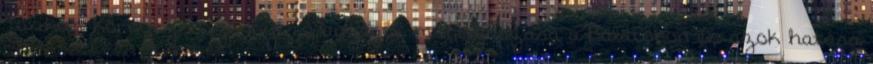
Toxikus környezetszennyező anyagok monitorozása a Balatonon és azok hatása